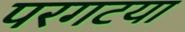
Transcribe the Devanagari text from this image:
परगटया